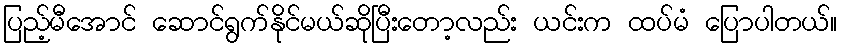
ပြည့်မီအောင် ဆောင်ရွက်နိုင်မယ်ဆိုပြီးတော့လည်း ယင်းက ထပ်မံ ပြောပါတယ်။